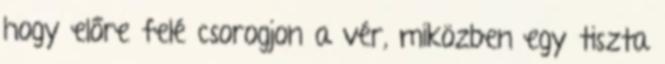
hogy előre felé csorogjon a vér, miközben egy tiszta